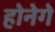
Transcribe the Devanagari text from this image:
होनेगे